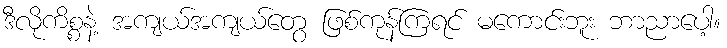
ဒီလိုကိစ္စနဲ့ အကျယ်အကျယ်တွေ ဖြစ်ကုန်ကြရင် မကောင်းဘူး ဘာညာပေါ့။